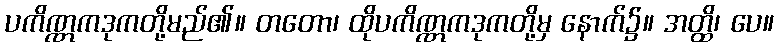
ပကိဏ္ဏကဒုကတို့မည်၏။ တတော၊ ထိုပကိဏ္ဏကဒုကတို့မှ နောက်၌။ အတ္ထိ၊ ပေ။